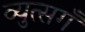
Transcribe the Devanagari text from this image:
व्युत्सगँ